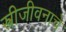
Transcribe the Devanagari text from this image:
स्त्रीजीवनाचे